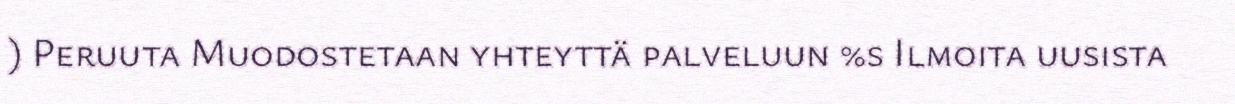
) Peruuta Muodostetaan yhteyttä palveluun %s Ilmoita uusista